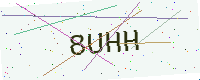
Text: 8UHH